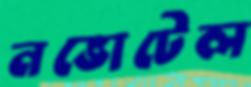
নভোটেল